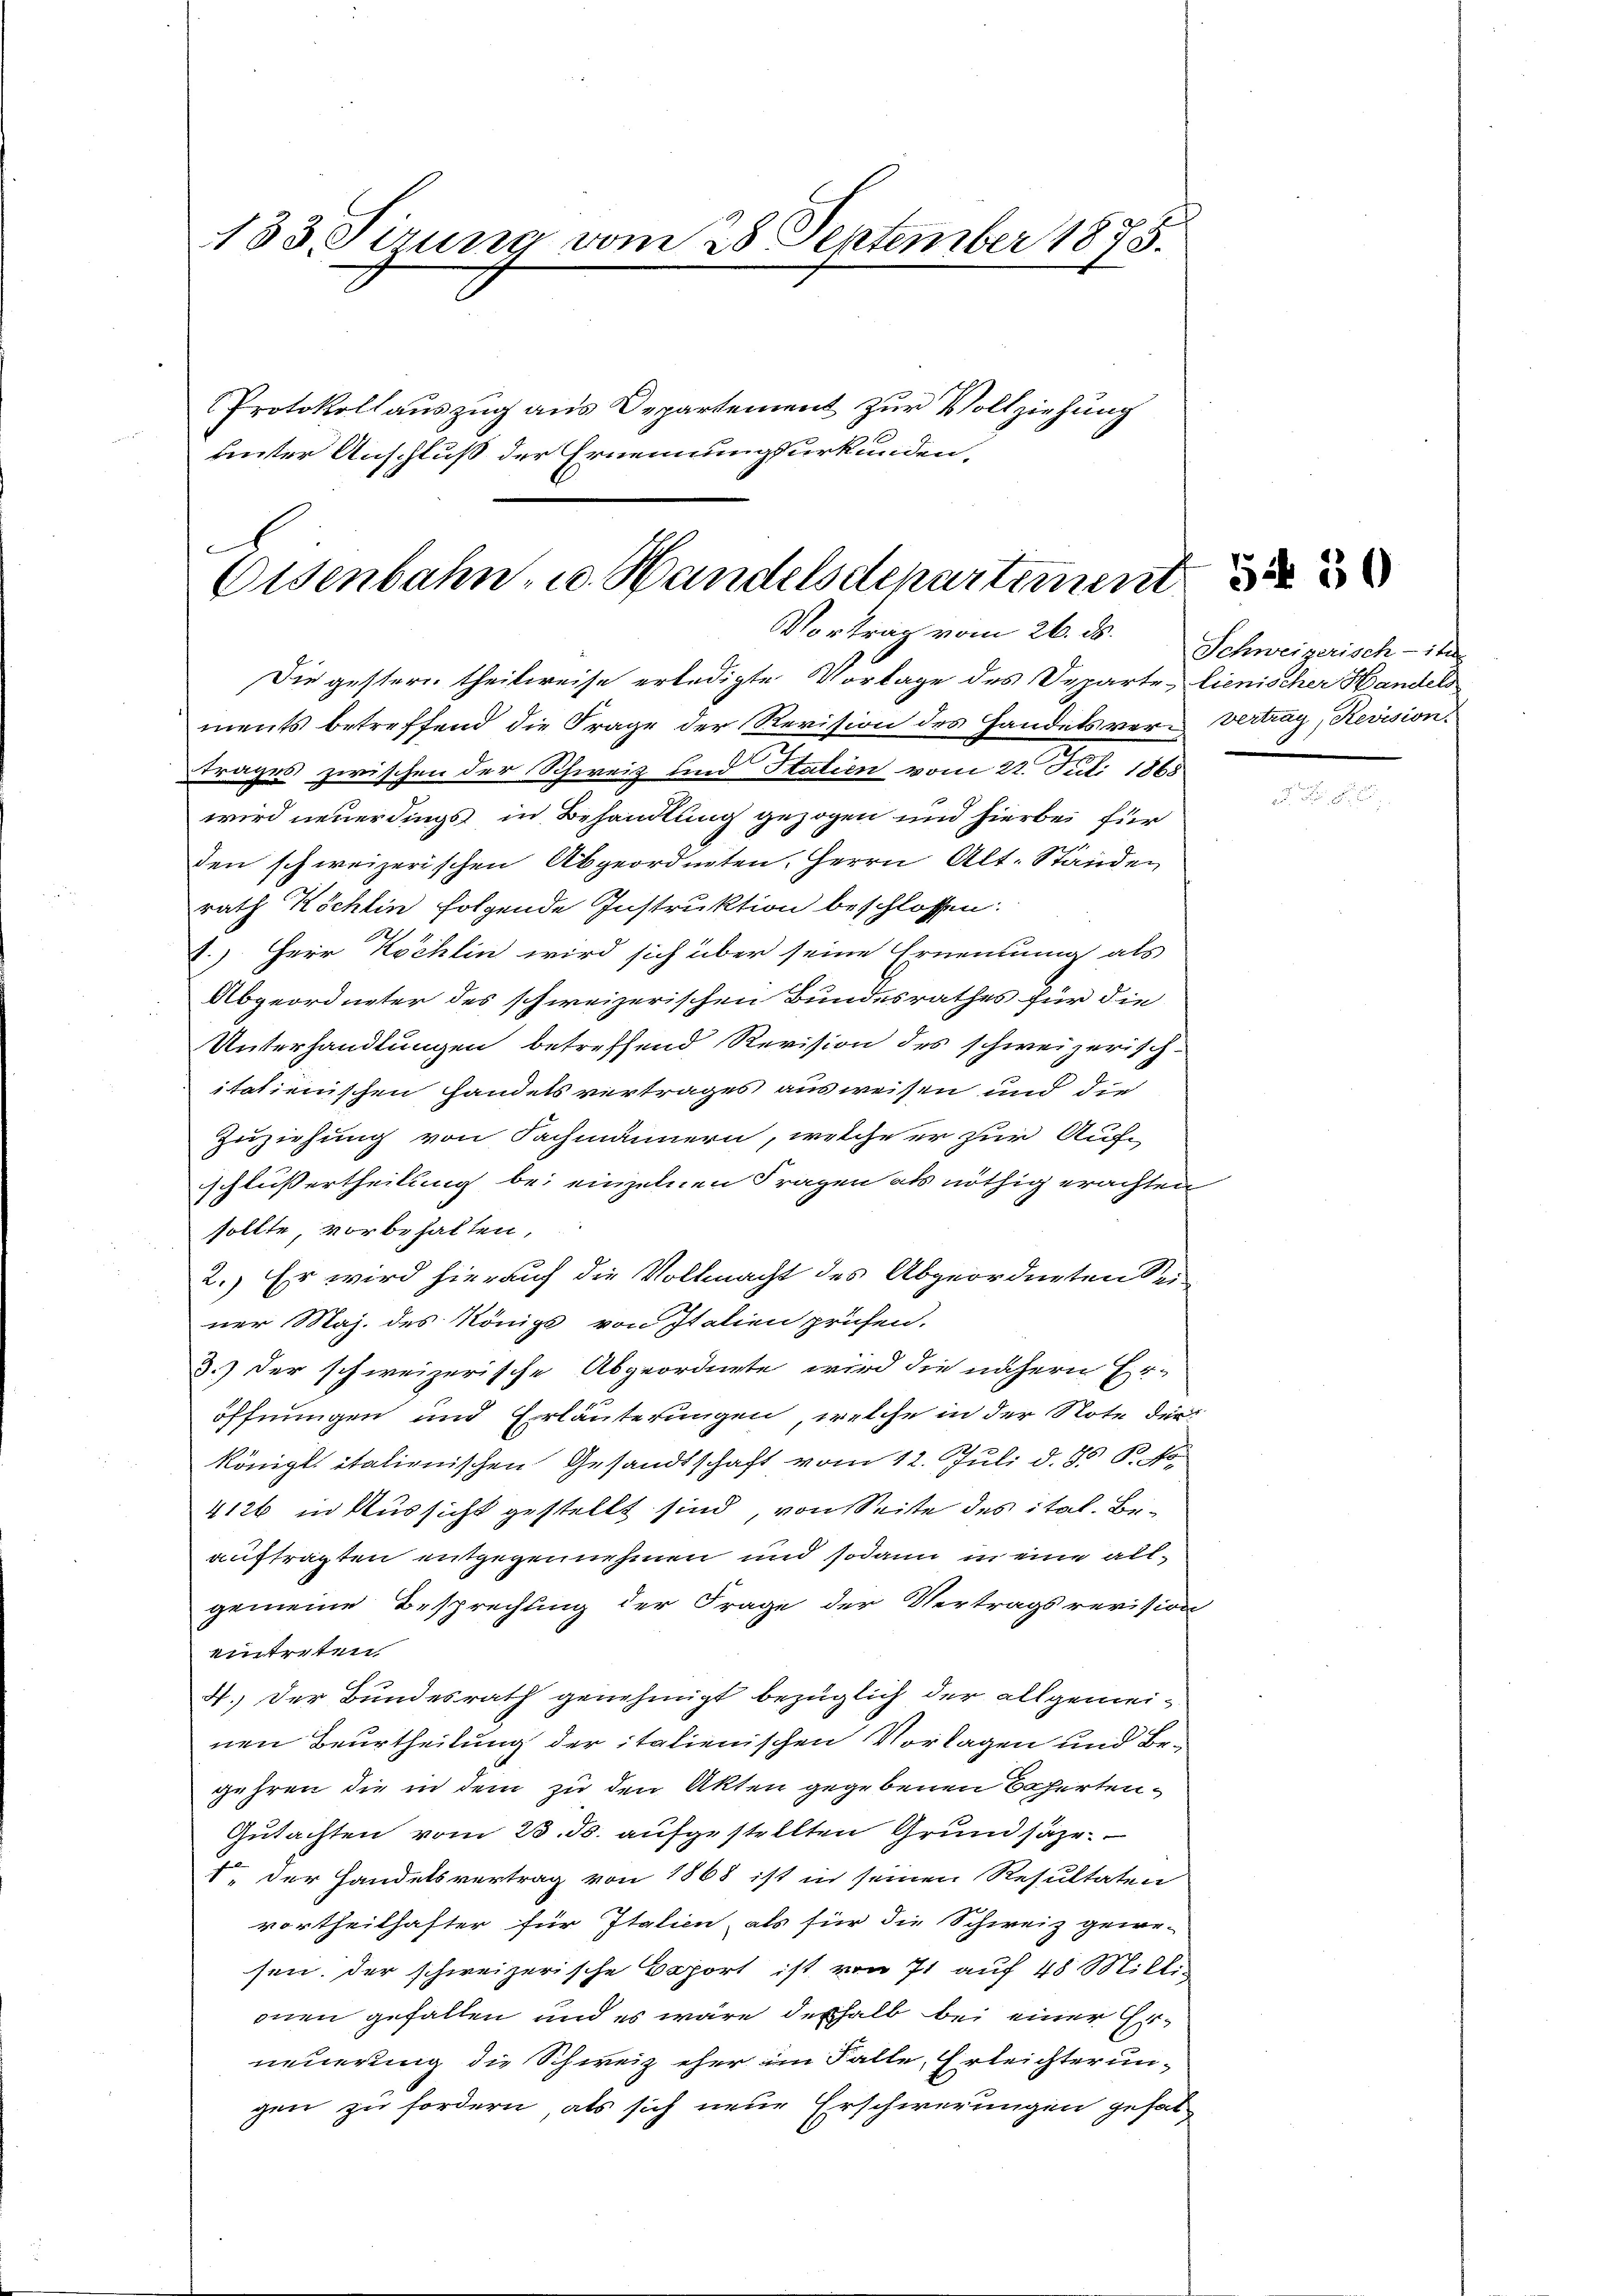
133. Sirung vom 28 September 1875.
5
Protokollauszug aus Departement zur Vollziehung
unter Anschluß der Ernennungsurkunden,

A
Eisenbahn- u. Handelsdepartement
Vortrag vom 26. ds.

Die gestern theilweise erledigte Vorlage des Departe, lienischer Handels
ments betreffend die Frage der Revision des Handels ver-Vertrag, Revision
trages zwischen der Schweiz und Statien vom 22. Juli 1865
wird neuerdings in Behandlung gezogen und hierbei für
den schweizerischen Abgeordneten, Herrn Alt. Ständen
rath Köchlin folgende Instruktion beschlossen:

.) Herr Köchlin wird sich über seine Ernennung als
Abgeordneter des schweizerischen Bundesrathes für die
Unterhandlungen betreffend Revision des schweizerisch-
italienischen Handelsvertrages ausweisen und die
Zuziehung von Sachmännern, welche er zur Auf-
schlußertheilung bei einzelnen Fragen als nöthig erachten
sollte, vorbehalten,
2.) Er wird hierauf die Vollmacht des Abgeordneten Seiner Maj. des Königs von Italien prüfen.
3.) der schweizerische Abgeordnete wird die nähern Er-
öffnungen und Erläuterungen, welche in der Note diekönigl. italienischen Gesandtschaft vom 12. Juli d. 85 P. No.
4126 in Aussicht gestellt sind, von Seite des ital. Beauftragten entgegennehmen und sodann in eine allgemeine Besprechung der Frage der Vertragsrevision
eintreten.
4.) Der Bundesrath genehmigt bezüglich der allgemeinen Beurtheilung der italienischen Vorlagen und Begehren die in dem zu den Akten gegebenen Beferten¬
Gutachten vom 25. ds. aufgestellten Grundsäze.
1. Der Handelsvertrag von 1868 ist in seinen Resultaten
vortheilhafter für Italien, als für die Schweiz gewe-
sen. Der schweizerische Vaport ist von 71 auf 48 Milli-
onen gefallen und es wäre deshalb bei einer Erneuerung die Schweiz eher im Falle, Erleichterun-
gen zu fordern, als sich neue Erschwerungen gehal¬

Schweizerisch-It

5 50